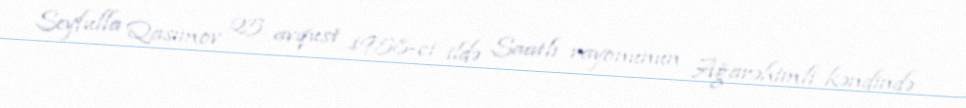
Seyfulla Qasımov 25 avqust 1958-ci ildə Saatlı rayonunun Ağarəhimli kəndində